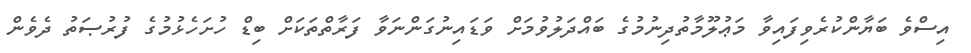
އިސްވެ ބަޔާންކުރެވިފައިވާ މަޢުލޫމާތުދިނުމުގެ ބައްދަލުވުމަށް ވަޑައިނުގަންނަވާ ފަރާތްތަކަށް ބިޑް ހުށަހެޅުމުގެ ފުރުޞަތު ދެވެން